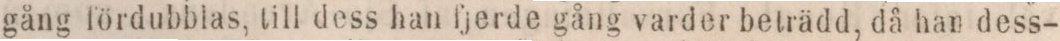
gång fördubblas, till dess han fjerde gång varder beträdd, då han dess-